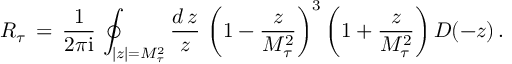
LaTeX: R _ { \tau } \, = \, \frac { 1 } { 2 \pi \mathrm { i } } \, \oint _ { | z | = M _ { \tau } ^ { 2 } } \frac { d \, z } { z } \, \left( 1 - { \frac { z } { M _ { \tau } ^ { 2 } } } \right) ^ { 3 } \left( 1 + { \frac { z } { M _ { \tau } ^ { 2 } } } \right) D ( - z ) \, .